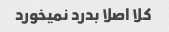
کلا اصلا بدرد نمیخورد